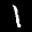
Label: 1